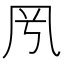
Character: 𠘵